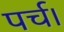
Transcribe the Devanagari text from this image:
पर्च।